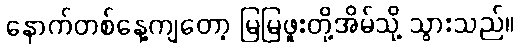
နောက်တစ်နေ့ကျတော့ မြမြဖူးတို့အိမ်သို့ သွားသည်။